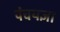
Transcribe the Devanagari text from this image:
पंचयज्ञा